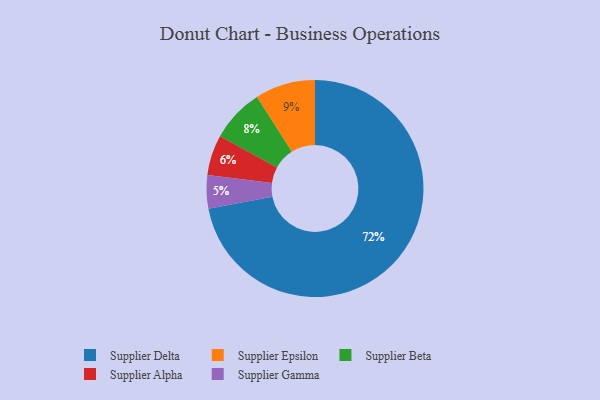
{"axis": {"x": "Category", "y": "Percentage"}, "legend": ["Supplier Alpha", "Supplier Beta", "Supplier Delta", "Supplier Epsilon", "Supplier Gamma"], "data": [{"x": "Supplier Delta", "y": 72, "type": "Supplier Delta"}, {"x": "Supplier Alpha", "y": 6, "type": "Supplier Alpha"}, {"x": "Supplier Gamma", "y": 5, "type": "Supplier Gamma"}, {"x": "Supplier Epsilon", "y": 9, "type": "Supplier Epsilon"}, {"x": "Supplier Beta", "y": 8, "type": "Supplier Beta"}]}